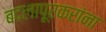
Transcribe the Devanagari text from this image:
बदलापूरकरांना